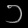
Digit: ၁